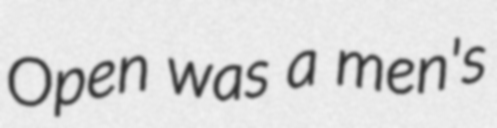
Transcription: Open was a men's